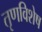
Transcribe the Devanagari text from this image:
तृणविशेष